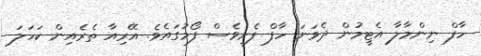
ހާފް ނިންމާލާ އެޓީމުން ދެވަނަ ހާފް ފެށީވެސް ފޯމުގައެވެ. އޭރިއާ ތެރެއިން ކަހަލަ